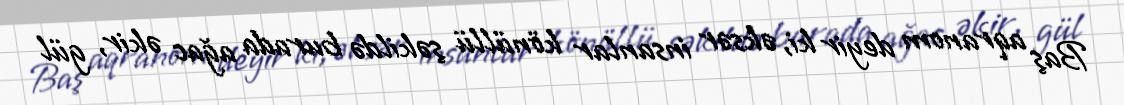
Baş aqranom deyir ki, əksər insanlar könüllü şəkildə burada ağac əkir, gül